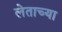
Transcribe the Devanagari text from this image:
लेताच्या